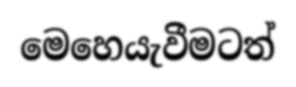
මෙහෙයැවීමටත්